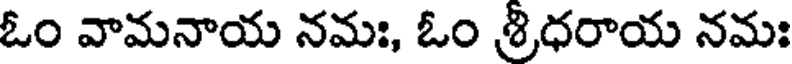
ఓం వామనాయ నమః, ఓం శ్రిధరాయ నమః